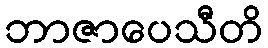
ဘာဇာပေသီတိ